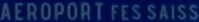
AEROPORT FES SAISS